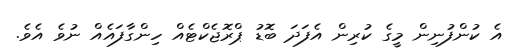
އެ ކުންފުނިން މީގެ ކުރިން އެފަދަ ބޮޑު ޕްރޮޖެކްޓެއް ހިންގާފައެއް ނުވެ އެވެ.